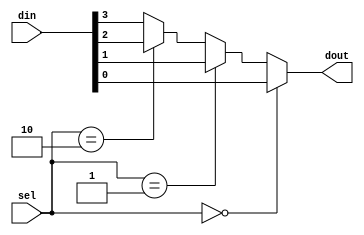
module sel4to1_if(din, sel, dout);
input [3:0] din;
input [1:0] sel;
output dout;

function select;
input [3:0] din;
input [1:0] sel;

  if (sel==2'h0)      select=din[0];
  else if (sel==2'h1) select=din[1];
  else if (sel==2'h2) select=din[2];
  else                select=din[3];

/*
begin
  if (sel==2'h0) select=din[0];
  if (sel==2'h1) select=din[1];
  if (sel==2'h2) select=din[2];
  if (sel==2'h3) select=din[3];
end
*/

endfunction

assign dout=select(din,sel);

endmodule